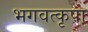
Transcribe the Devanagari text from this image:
भगवत्कृपा